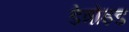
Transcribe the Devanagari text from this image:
डेत्रोइड